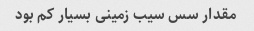
مقدار سس سیب زمینی بسیار کم بود